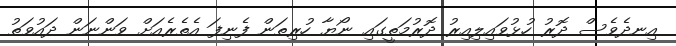
އިނދެވެސް ދޮރު ހުޅުވައިލިއިރު ދޮރުމަތީގައި ނޯޔާ ހުރިތަން ފެނިފަ އެތެރެއަށް ވަންނަން ދައުވަތު